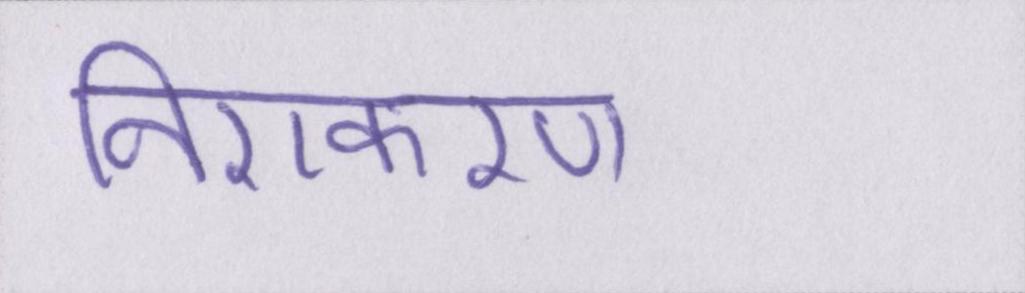
निराकरण